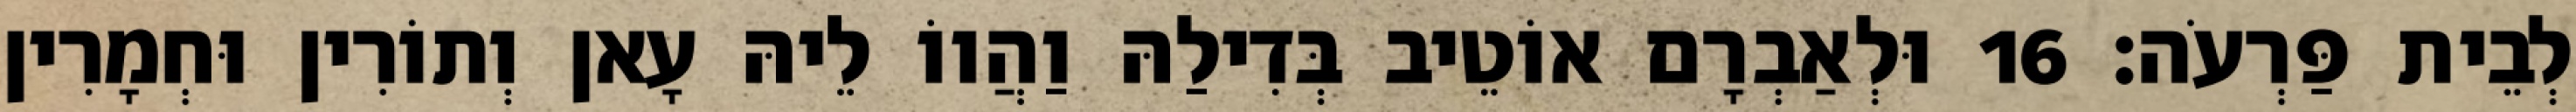
לְבֵית פַּרְעֹה׃ 16 וּלְאַבְרָם אוֹטֵיב בְּדִילַהּ וַהֲווֹ לֵיהּ עָאן וְתוֹרִין וּחְמָרִין